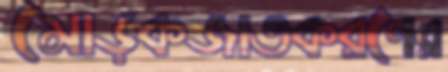
মোড়কজাতকরণের